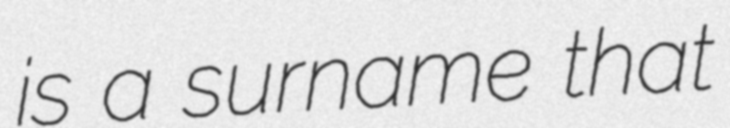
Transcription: is a surname that